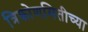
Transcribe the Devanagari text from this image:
त्रिकोणमितीच्या